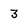
Character: 3